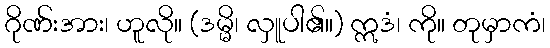
ဂိုဏ်းအား၊ ဟူလို။ (ဒမ္မိ၊ လှူပါ၏။) ဣဒံ၊ ကို။ တုမှာကံ၊